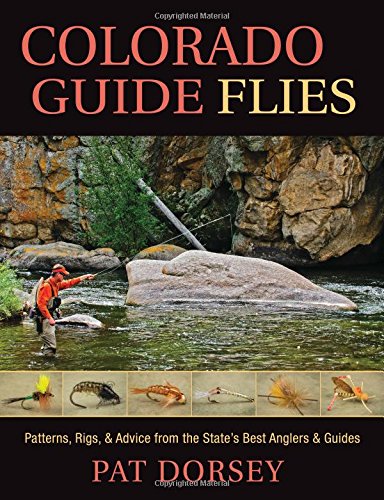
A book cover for Colorado Guide Flies: Patterns, Rigs, and Advice from the State's Best Anglers and Guides; Pat Dorsey; Sports & Outdoors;